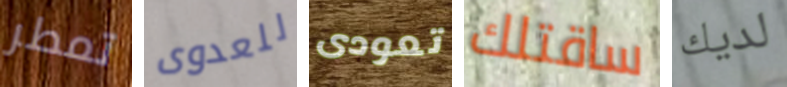
تمطر للعدوى تعودى ساقتلك لديك